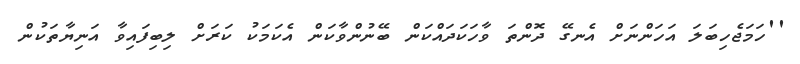
''ހަމަޖެހިބަލަ އަހަންނަށް އެނގޭ ދޮންތަ ވާހަކަދައްކަން ބޭނުންވާކަން އެކަމަކު ކަރަށް ލިބިފައިވާ އަނިޔާތަކުން